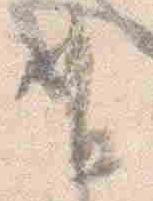
有